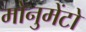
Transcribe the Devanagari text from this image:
मोनुमेंटो